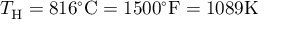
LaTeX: T _ { \mathrm { { H } } } = 8 1 6 ^ { \circ } { \mathrm { C } } = 1 5 0 0 ^ { \circ } { \mathrm { F } } = 1 0 8 9 { \mathrm { K } }